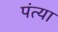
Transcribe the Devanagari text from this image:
पंत्या